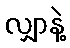
လျှာနဲ့